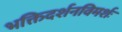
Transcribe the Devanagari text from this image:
भक्तिदर्शनविमर्शः